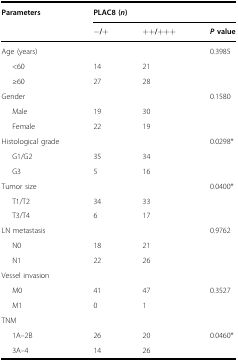
<table><thead><tr><td><b>Parameters</b></td><td colspan="3"><b>PLAC8 (<i>n</i>)</b></td></tr><tr><td></td><td><b>−/+</b></td><td><b>++/+++</b></td><td><b><i>P</i> value</b></td></tr></thead><tbody><tr><td>Age (years)</td><td></td><td></td><td rowspan="3">0.3985</td></tr><tr><td>&lt;60</td><td>14</td><td>21</td></tr><tr><td>≥60</td><td>27</td><td>28</td></tr><tr><td>Gender</td><td></td><td></td><td rowspan="3">0.1580</td></tr><tr><td>Male</td><td>19</td><td>30</td></tr><tr><td>Female</td><td>22</td><td>19</td></tr><tr><td>Histological grade</td><td></td><td></td><td rowspan="3">0.0298*</td></tr><tr><td>G1/G2</td><td>35</td><td>34</td></tr><tr><td>G3</td><td>5</td><td>16</td></tr><tr><td>Tumor size</td><td></td><td></td><td rowspan="3">0.0400*</td></tr><tr><td>T1/T2</td><td>34</td><td>33</td></tr><tr><td>T3/T4</td><td>6</td><td>17</td></tr><tr><td>LN metastasis</td><td></td><td></td><td rowspan="3">0.9762</td></tr><tr><td>N0</td><td>18</td><td>21</td></tr><tr><td>N1</td><td>22</td><td>26</td></tr><tr><td colspan="4">Vessel invasion</td></tr><tr><td>M0</td><td>41</td><td>47</td><td rowspan="2">0.3527</td></tr><tr><td>M1</td><td>0</td><td>1</td></tr><tr><td colspan="4">TNM</td></tr><tr><td>1A–2B</td><td>26</td><td>20</td><td rowspan="2">0.0460*</td></tr><tr><td>3A–4</td><td>14</td><td>26</td></tr></tbody></table>